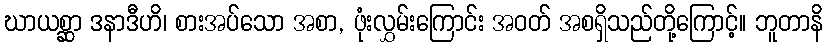
ဃာယစ္ဆာ ဒနာဒီဟိ၊ စားအပ်သော အစာ, ဖုံးလွှမ်းကြောင်း အဝတ် အစရှိသည်တို့ကြောင့်။ ဘူတာနိ